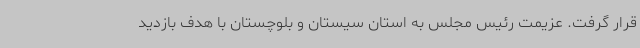
قرار گرفت. عزیمت رئیس مجلس به استان سیستان و بلوچستان با هدف بازدید